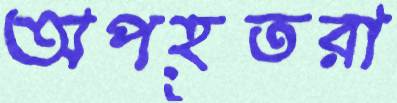
অপহূতরা